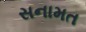
સનામત